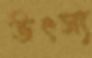
উৎস্য